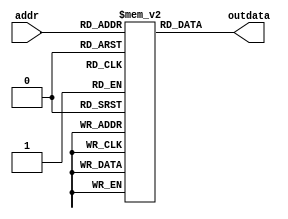
// instruction memory
module IM(input  [8:2]  addr,output [31:0] outdata );

    reg  [31:0] ROM[127:0];
    initial begin
    /*
    define your own instruction here!!
    2 ways: 1:just define each instruction by using "ROM[x]=32'hxxxxxxxx"
            2:$readmemh();
    */
    end
    assign outdata = ROM[addr]; 
endmodule